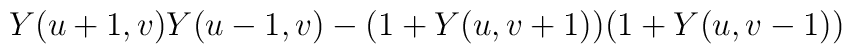
Y(u+1,v)Y(u-1,v)-(1+Y(u,v+1))(1+Y(u,v-1))